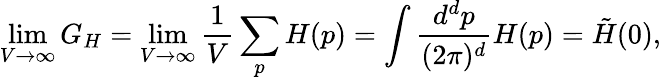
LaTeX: \operatorname*{lim}_{V\to\infty}G_{H}=\operatorname*{lim}_{V\to\infty}\frac{1}{V}\sum_{p}H(p)=\int\frac{d^{d}p}{(2\pi)^{d}}H(p)=\tilde{H}(0),